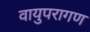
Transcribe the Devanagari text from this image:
वायुपरागण